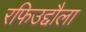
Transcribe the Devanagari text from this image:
रफिउद्दौला